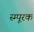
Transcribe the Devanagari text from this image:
स्म्पूरक